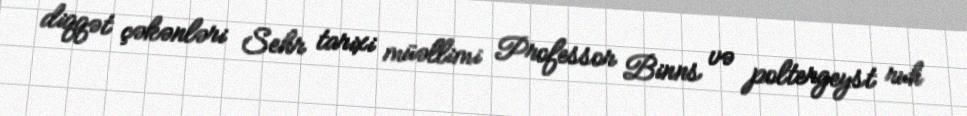
diqqət çəkənləri Sehr tarixi müəllimi Professor Binns və poltergeyst ruh